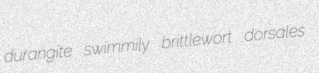
durangite swimmily brittlewort dorsales